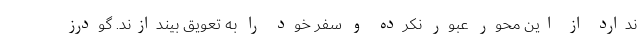
ندارد از این محور عبور نکرده و سفر خود را به تعویق بیندازند. گودرز